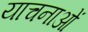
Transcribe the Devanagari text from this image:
याचनाओं